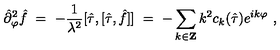
{ \hat { \partial } } _ { \varphi } ^ { 2 } { \hat { f } } \ = \ - \frac { 1 } { \lambda ^ { 2 } } [ { \hat { \tau } } , [ { \hat { \tau } } , { \hat { f } } ] ] \ = \ - \sum _ { k \in { \bf Z } } k ^ { 2 } c _ { k } ( { \hat { \tau } } ) e ^ { i k \varphi } \ ,